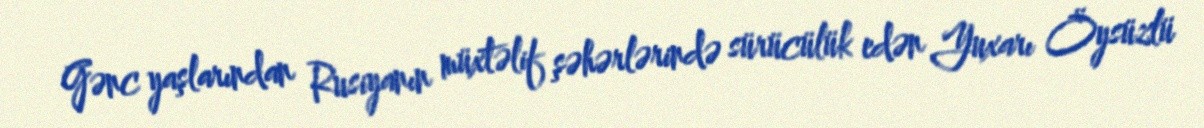
Gənc yaşlarından Rusiyanın müxtəlif şəhərlərində sürücülük edən Yuxarı Öysüzlü